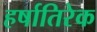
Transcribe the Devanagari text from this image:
हर्षातिरेक